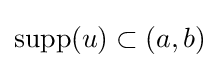
\operatorname {supp} (u)\subset (a,b)